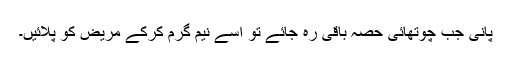
پانی جب چوتھائی حصہ باقی رہ جائے تو اسے نیم گرم کرکے مریض کو پلائیں۔